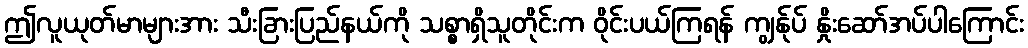
ဤလူယုတ်မာများအား သီးခြားပြည်နယ်ကို သစ္စာရှိသူတိုင်းက ဝိုင်းပယ်ကြရန် ကျွန်ုပ် နှိုးဆော်အပ်ပါကြောင်း